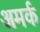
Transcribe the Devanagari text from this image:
अमर्क